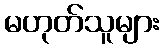
မဟုတ်သူများ